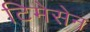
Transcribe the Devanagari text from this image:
टिमेसेन